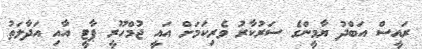
ރައީސް އަބްދު ޔާމީންގެ ސަރުކާރު ވެރިކަމަށް އައީ ޖުމްހޫރީ ޕާޓީ އާއި އަދާލަތު